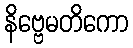
နိဗ္ဗေမတိကော